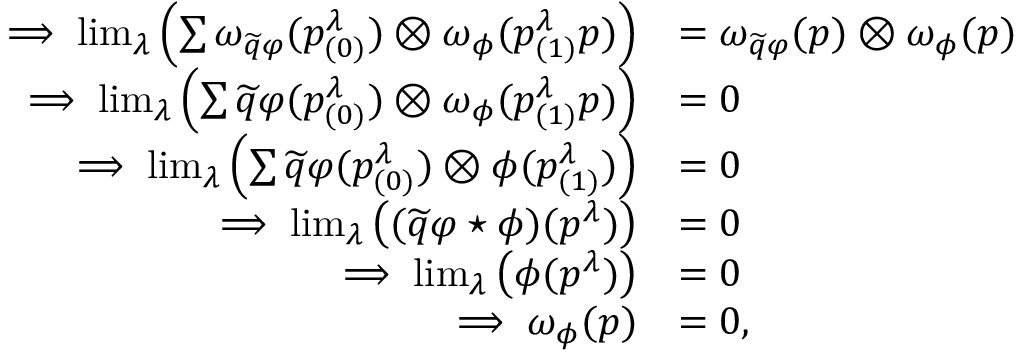
\begin{array} { r l } { \implies \operatorname* { l i m } _ { \lambda } \left( \sum \omega _ { \widetilde { q } \varphi } ( p _ { ( 0 ) } ^ { \lambda } ) \otimes \omega _ { \phi } ( p _ { ( 1 ) } ^ { \lambda } p ) \right) } & { = \omega _ { \widetilde { q } \varphi } ( p ) \otimes \omega _ { \phi } ( p ) } \\ { \implies \operatorname* { l i m } _ { \lambda } \left( \sum \widetilde { q } \varphi ( p _ { ( 0 ) } ^ { \lambda } ) \otimes \omega _ { \phi } ( p _ { ( 1 ) } ^ { \lambda } p ) \right) } & { = 0 } \\ { \implies \operatorname* { l i m } _ { \lambda } \left( \sum \widetilde { q } \varphi ( p _ { ( 0 ) } ^ { \lambda } ) \otimes \phi ( p _ { ( 1 ) } ^ { \lambda } ) \right) } & { = 0 } \\ { \implies \operatorname* { l i m } _ { \lambda } \left( ( \widetilde { q } \varphi \star \phi ) ( p ^ { \lambda } ) \right) } & { = 0 } \\ { \implies \operatorname* { l i m } _ { \lambda } \left( \phi ( p ^ { \lambda } ) \right) } & { = 0 } \\ { \implies \omega _ { \phi } ( p ) } & { = 0 , } \end{array}